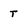
Character: t